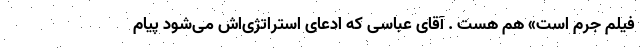
فیلم جرم است» هم هست . آقای عباسی که ادعای استراتژی‌اش می‌شود پیام